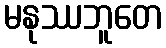
မနုဿဘူတေ